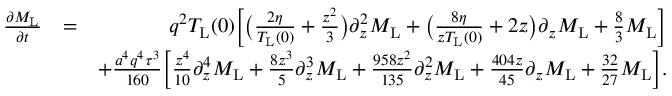
\begin{array} { r l r } { \frac { \partial M _ { \mathrm { L } } } { \partial t } } & { = } & { q ^ { 2 } T _ { \mathrm { L } } ( 0 ) \bigg [ \bigl ( \frac { 2 \eta } { T _ { \mathrm { L } } ( 0 ) } + \frac { z ^ { 2 } } { 3 } \bigl ) \partial _ { z } ^ { 2 } M _ { \mathrm { L } } + \bigl ( \frac { 8 \eta } { z T _ { \mathrm { L } } ( 0 ) } + 2 z \bigl ) \partial _ { z } M _ { \mathrm { L } } + \frac { 8 } { 3 } M _ { \mathrm { L } } \bigg ] } \\ & { } & { + \frac { a ^ { 4 } q ^ { 4 } \tau ^ { 3 } } { 1 6 0 } \bigg [ \frac { z ^ { 4 } } { 1 0 } \partial _ { z } ^ { 4 } M _ { \mathrm { L } } + \frac { 8 z ^ { 3 } } { 5 } \partial _ { z } ^ { 3 } M _ { \mathrm { L } } + \frac { 9 5 8 z ^ { 2 } } { 1 3 5 } \partial _ { z } ^ { 2 } M _ { \mathrm { L } } + \frac { 4 0 4 z } { 4 5 } \partial _ { z } M _ { \mathrm { L } } + \frac { 3 2 } { 2 7 } M _ { \mathrm { L } } \bigg ] . } \end{array}